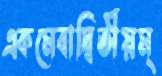
একমেবাদ্বিতীয়ম্